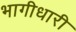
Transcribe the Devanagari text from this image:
भागीधारी